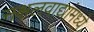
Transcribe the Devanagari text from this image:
नक्षलवाद्यांमध्ये